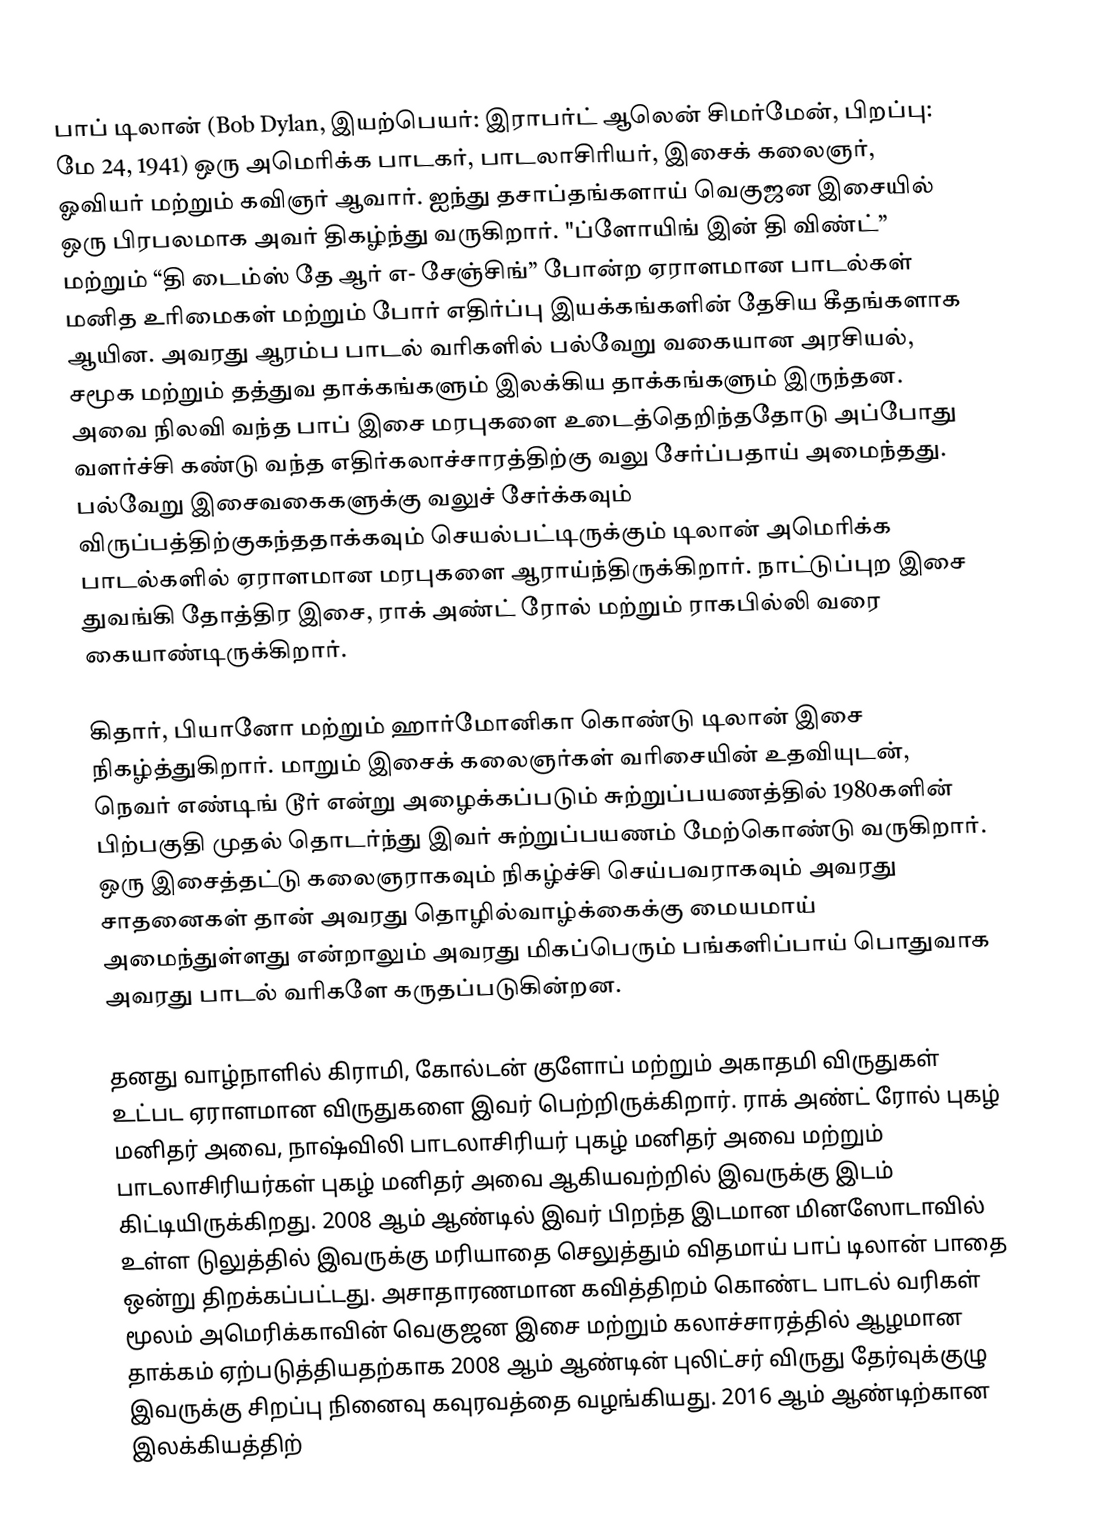
பாப் டிலான் (Bob Dylan, இயற்பெயர்: இராபர்ட் ஆலென் சிமர்மேன், பிறப்பு: மே 24, 1941) ஒரு அமெரிக்க பாடகர், பாடலாசிரியர், இசைக் கலைஞர், ஓவியர் மற்றும் கவிஞர் ஆவார். ஐந்து தசாப்தங்களாய் வெகுஜன இசையில் ஒரு பிரபலமாக அவர் திகழ்ந்து வருகிறார்.  "ப்ளோயிங் இன் தி விண்ட்” மற்றும் “தி டைம்ஸ் தே ஆர் எ- சேஞ்சிங்” போன்ற ஏராளமான பாடல்கள் மனித உரிமைகள் மற்றும் போர் எதிர்ப்பு இயக்கங்களின் தேசிய கீதங்களாக ஆயின.  அவரது ஆரம்ப பாடல் வரிகளில் பல்வேறு வகையான அரசியல், சமூக மற்றும் தத்துவ தாக்கங்களும் இலக்கிய தாக்கங்களும் இருந்தன.  அவை நிலவி வந்த பாப் இசை மரபுகளை உடைத்தெறிந்ததோடு அப்போது வளர்ச்சி கண்டு வந்த எதிர்கலாச்சாரத்திற்கு வலு சேர்ப்பதாய் அமைந்தது.  பல்வேறு இசைவகைகளுக்கு வலுச் சேர்க்கவும் விருப்பத்திற்குகந்ததாக்கவும் செயல்பட்டிருக்கும் டிலான் அமெரிக்க பாடல்களில் ஏராளமான மரபுகளை ஆராய்ந்திருக்கிறார். நாட்டுப்புற இசை துவங்கி தோத்திர இசை, ராக் அண்ட் ரோல் மற்றும் ராகபில்லி வரை கையாண்டிருக்கிறார்.

கிதார், பியானோ மற்றும் ஹார்மோனிகா கொண்டு டிலான் இசை நிகழ்த்துகிறார்.  மாறும் இசைக் கலைஞர்கள் வரிசையின் உதவியுடன், நெவர் எண்டிங் டூர்  என்று அழைக்கப்படும் சுற்றுப்பயணத்தில் 1980களின் பிற்பகுதி முதல் தொடர்ந்து இவர் சுற்றுப்பயணம் மேற்கொண்டு வருகிறார்.  ஒரு இசைத்தட்டு கலைஞராகவும் நிகழ்ச்சி செய்பவராகவும் அவரது சாதனைகள் தான் அவரது தொழில்வாழ்க்கைக்கு மையமாய் அமைந்துள்ளது என்றாலும் அவரது மிகப்பெரும் பங்களிப்பாய் பொதுவாக அவரது பாடல் வரிகளே கருதப்படுகின்றன.

தனது வாழ்நாளில் கிராமி, கோல்டன் குளோப் மற்றும் அகாதமி விருதுகள் உட்பட ஏராளமான விருதுகளை இவர் பெற்றிருக்கிறார். ராக் அண்ட் ரோல் புகழ் மனிதர் அவை, நாஷ்விலி பாடலாசிரியர் புகழ் மனிதர் அவை மற்றும் பாடலாசிரியர்கள் புகழ் மனிதர் அவை ஆகியவற்றில் இவருக்கு இடம் கிட்டியிருக்கிறது.  2008 ஆம் ஆண்டில் இவர் பிறந்த இடமான மினஸோடாவில் உள்ள டுலுத்தில் இவருக்கு மரியாதை செலுத்தும் விதமாய் பாப் டிலான் பாதை ஒன்று திறக்கப்பட்டது.  அசாதாரணமான கவித்திறம் கொண்ட பாடல் வரிகள் மூலம் அமெரிக்காவின் வெகுஜன இசை மற்றும் கலாச்சாரத்தில் ஆழமான தாக்கம் ஏற்படுத்தியதற்காக 2008 ஆம் ஆண்டின் புலிட்சர் விருது தேர்வுக்குழு இவருக்கு சிறப்பு நினைவு கவுரவத்தை வழங்கியது. 2016 ஆம் ஆண்டிற்கான இலக்கியத்திற்